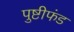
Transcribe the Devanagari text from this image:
पुष्टीफंड